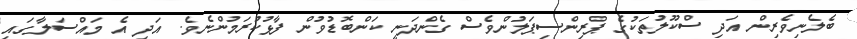
ބެލެނިވެރިން އަދި ސްކޫލުތަކުގެ ޕްރިންސިޕަލުންވެސް ގެންދަނީ ކަންބޮޑުވުން ފާޅުކުރަމުންނެވެ. އަދި އެ މައްސަލާގައި